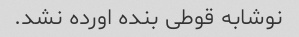
نوشابه قوطی بنده اورده نشد.